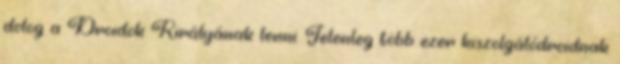
dolog a Droidok Királyának lenni. Jelenleg több ezer kiszolgálódroidnak